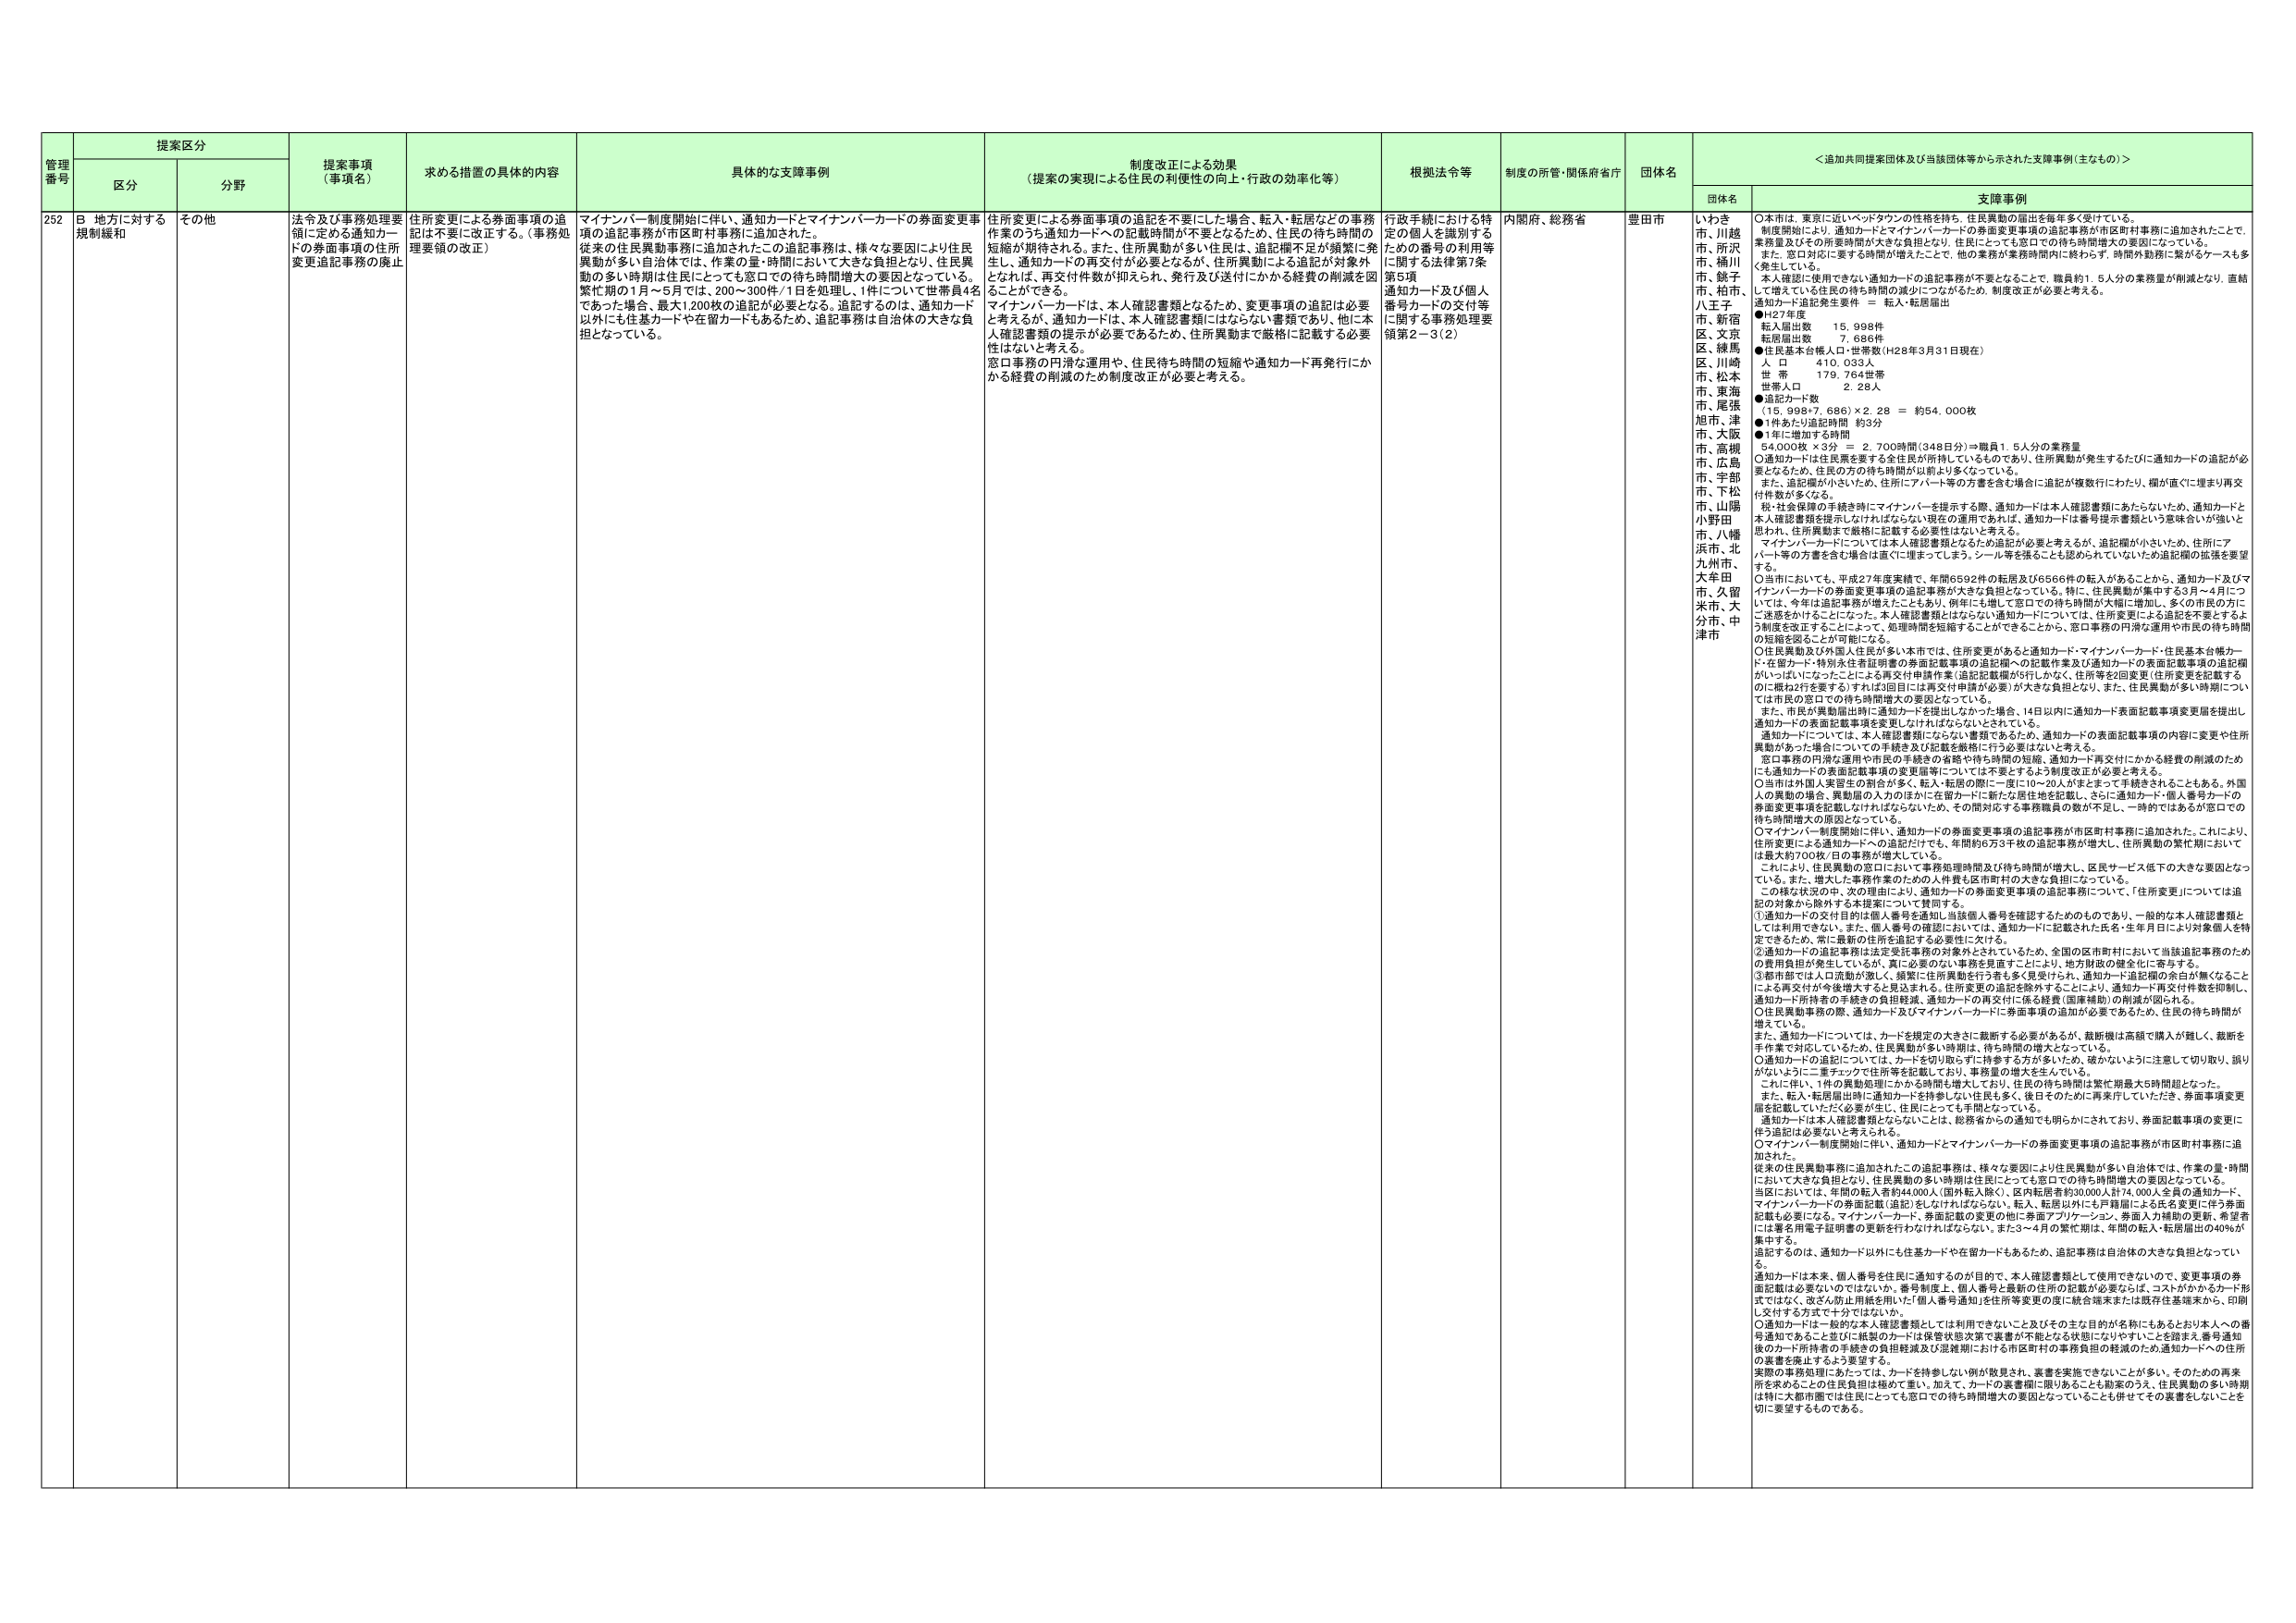
管理番号 提案区分 提案事項（事項名） 求める措置の具体的内容 具体的な支援事例 制度改正による効果（提案の実現による住民の利便性の向上・行政の効率化等） 根拠法令等 制度の所管・関係府省庁 団体名 ＜追加共同提案団体及び当該団体等から示された支援事例（主なもの）＞
区分 分野 団体名 支援事例
252 B 地方に対する規制緩和 その他 法令及び事務処理要領に定める通知カードの券面事項の住所変更追記事務の廃止 住所変更による券面事項の追記は不要に改正する。（事務処理要領の改正） マイナンバー制度開始に伴い、通知カードとマイナンバーカードの券面変更事項の追記事務が市区町村事務に追加された。従来の住民異動事務に追加されたこの追記事務は、様々な要因により住民異動が多い自治体では、作業の量・時間において大きな負担となり、住民異動の多い時期は住民にとってはも窓口での待ち時間増大の要因となっている。繁忙期の1月～5月では、200～300件/1日を処理し、1件について世帯員4名であった場合、最大1,200枚の追記が必要となる。追記するのは、通知カード以外にも住基カードや在留カードもあるため、追記事務は自治体の大きな負担となっている。 住所変更による券面事項の追記を不要にした場合、転入・転居などの事務作業のうち通知カードへの記載時間が不要となるため、住民の待ち時間の短縮が期待される。また、住所異動が多い住民は、追記欄不足が頻繁に発生し、通知カードの再交付が必要となるが、住所異動による追記が対象外となれば、再交付件数が抑えられ、発行及び送付にかかる経費の削減を図ることができる。 マイナンバーカードは、本人確認書類となるため、変更事項の追記は必要と考えるが、通知カードは、本人確認書類にはならない書類であり、他に本人確認書類の提示が必要であるため、住所異動まで厳格に記載する必要性はないと考える。 窓口事務の円滑な運用や、住民待ち時間の短縮や通知カード再発行にかかる経費の削減のため制度改正が必要と考える。 行政手続における特定の個人を識別するための番号の利用等に関する法律第7条第5項 通知カード及び個人番号カードの交付等に関する事務処理要領第2－3（2） 内閣府、総務省 豊田市 いわき市、川越市、所沢市、袖川市、銚子市、柏市、八王子市、新宿区、文京区、練馬区、川崎市、松本市、東海市、尾張旭市、大阪市、高槻市、広島市、宇部市、下松市、山陽小野田市、八幡浜市、北九州市、大牟田市、久留米市、大分市、中津市 ○本市は、東京に近いベッドタウンの性格を持ち、住民異動の届出は毎年多く受けている。制度開始により、通知カードとマイナンバーカードの券面変更事項の追記事務が市区町村事務に追加されたことで、業務量及びその所要時間が大きな負担となり、住民にとっても窓口での待ち時間増大の要因になっている。また、窓口対応に要する時間が増大することで、他の業務が業務時間内に終わらず、時間外勤務に繋がるケースも多発している。 本人確認に使用できない通知カードの追記事務が不要となることで、職員約1.5人分の業務量が削減となり、直結通知カード追記発生要件 ＝ 転入・転居届出 ●H27年度 転入届出数 15,998件 転居届出数 7,686件 ●住民基本台帳人口・世帯数（H28年3月31日現在） 人 口 410,033人 世 帯 179,764世帯 世帯人口 2.28人 ●追記カード数 （15,998+7,686）×2.28 ＝ 約54,000枚 ●1件あたり追記時間 約3分 ●1年に増加する時間 54,000枚 ×3分 ＝ 2,700時間（348日分）⇒職員1.5人分の業務量 ○通知カードは住民票を要する全住民が所持しているものであり、住所異動が発生するたびに通知カードの追記が必要となるため、住民の待ち時間が以前より多くなっている。 また、追記欄が小さいため、住所にアパート等の方言を含む場合には追記が複数行にわたり、横が直ぐに埋まり再交付件数が多くなる。 税・社会保障の手続き時にマイナンバーを提示する際、通知カードは本人確認書類にあたらないため、通知カードと本人確認書類を提示しなければならない現在の運用であれば、通知カードは番号提示書類という意味合いが強いと思われ、住所異動まで厳格に記載する必要性はないと考える。 マイナンバーカードについては本人確認書類となるため追記が必要と考えるが、追記欄が小さいため、住所にアパート等の方言を含む場合は直ぐに埋まってしまう。シール等を張ることも認められていないため追記欄の拡張を要望する。 ○当市においても、平成27年度実績で、年間6592件の転居及び6566件の転入があることから、通知カード及びマイナンバーカードの券面変更事項の追記事務が大きな負担となっている。特に、住民異動が集中する3月～4月については、今年は追記事務に例年を上回る件数が発生しており、例年にも増して窓口での待ち時間が大幅に増加し、多くの市民の方にご迷惑をかけうことになった。本人確認書類とはならない通知カードについては、住所変更による追記を不要とするよう制度を改正することによって、処理時間を短縮することができることから、窓口事務の円滑な運用や市民の待ち時間の短縮を図ることが可能になる。 ○住民異動及び外国人住民が多い本市では、住所変更があると通知カード・マイナンバーカード・住民基本台帳カード・在留カード・特別住居者届書の券面記載事項の追記欄への記載作業及び通知カードの表面記載事項の追記欄がいっぱいになったことによる再交付申請作業（追記記載欄が5行しかなく、住所等を2回変更（住所変更を記載するのに概ね2行を要する）すれば3回目には再交付申請が必要）が大きな負担となり、また、住民異動が多い時期については市民の窓口での待ち時間増大の要因となっている。 また、市民が異動届出時に通知カードを提出しなかった場合、14日以内に通知カード表面記載事項変更届を提出し通知カードの表面記載事項変更をしなければならないとされている。 通知カードについては、本人確認書類にならない書類であるため、通知カードの表面記載事項の内容に変更や住所異動があった場合についての手続き及び記載を厳格に行う必要はないと考える。 窓口事務の円滑な運用や市民の手続きの省略や待ち時間の短縮、通知カード再交付にかかる経費の削減のためにも通知カードの表面記載事項の変更届等については不要とするよう制度改正が必要と考える。 ○当市は外国人異居生の割合が多く、転入・転居の際に一度に10～20人がまとまって手続きされることもある。外国人の異動の場合、異動届の入力のほかに在留カードに新たな居住地を記載し、さらに通知カード個人番号カードの券面変更事項を記載しなければならないため、その間対応する事務職員の数が不足し、一時的ではあるが窓口での待ち時間増大の原因となっている。 ○マイナンバー制度開始に伴い、通知カードの券面変更事項の追記事務が市区町村事務に追加された。これにより、住所変更による通知カードへの追記だけでも、年間約6万3千枚の追記事務が増大し、住所異動の繁忙期においては最大約700枚/日の事務が増大している。 これにより、住民異動の窓口において事務処理時間及び待ち時間が増大し、区民サービス低下の大きな要因となっている。また、増大した事務作業のための人件費も区市町村の大きな負担になっている。 この様な状況の中、次の理由により、通知カードの券面変更事項の追記事務について、「住所変更については追記の対象から除外する本提案について賛同する。 ①通知カードの交付目的は個人番号を通知し当該個人番号を確認するためのものであり、一般的な本人確認書類としては利用できない。また、個人番号の確認においては、通知カードに記載された氏名・生年月日により対象個人を特定できるため、常に最新の住所を追記する必要性に欠ける。 ②通知カードの追記事務は法定受託事務の対象外とされているため、全国の区市町村において当該追記事務のための費用負担が発生しているが、真に必要のない事務を見直すことにより、地方財政の健全化に寄与する。 ③都市部では人口流動が激しく、頻繁に住所異動を行う者も多く見受けられ、通知カード追記欄の余白が無くなることによる再交付が今後増大すると見込まれる。住所変更の追記除外することにより、通知カード再交付件数を抑制し、通知カード所持者の手続きの負担軽減、通知カードの再交付に係る経費（国庫補助）の削減が図られる。 ○住民異動事務の際、通知カード及びマイナンバーカードに券面事項の追加が必要であるため、住民の待ち時間が増えている。 また、通知カードについては、カードを規定の大きさに裁断する必要があるが、裁断機は高額で購入が難しく、裁断を手作業で対応しているため、住民異動が多い時期は、待ち時間の増大となっている。 ○通知カードの追記については、カードを切り取らずに持参する方が多いため、確かないように注意して切り取り、誤りがないように二重チェックで住所等を記載しており、事務量の増大を生んでいる。 これに伴い、1件の異動処理にかかる時間も増大しており、住民の待ち時間は繁忙期最大6時間超となった。 また、転入・転居届出時に通知カードを持参しない住民も多く、後日そのために再来庁していただき、券面事項変更届を記載していただく必要が生じ、住民にとっても手間となっている。 通知カードは本人確認書類とならないことは、総務省からの通知でも明らかにされており、券面記載事項の変更に伴う追記は必要ないと考えられる。 ○マイナンバー制度開始に伴い、通知カードとマイナンバーカードの券面変更事項の追記事務が市区町村事務に追加された。 従来の住民異動事務に追加されたこの追記事務は、様々な要因により住民異動が多い自治体では、作業の量・時間において大きな負担となり、住民異動の多い時期は住民にとっても窓口での待ち時間増大の要因となっている。 当区においては、年間の転入者約44,000人（国外転入除く）、区内転居者約30,000人計74,000人全員の通知カード、マイナンバーカードの券面記載（追記）をしなければならない。転入、転居以外にも戸籍届による氏名変更に伴う券面記載も必要になる。マイナンバーカード、券面記載の変更の他に券面アプリケーション、券面入力補助の更新、希望者には署名用電子証明書の更新を行わなければならない。また3～4月の繁忙期は、年間の転入・転居届出の40％が集中する。 追記するのは、通知カード以外にも住基カードや在留カードもあるため、追記事務は自治体の大きな負担となっている。 通知カードは本来、個人番号を住民に通知するのが目的で、本人確認書類として使用できないので、変更事項の券面記載は必要ないのではないか。番号制度上、個人番号と最新の住所の記載が必要ならば、コストがかかるカード形式ではなく、改ざん防止用紙を用いて「個人番号通知」を住所等変更の度に統合端末または既存住基端末から、印刷し交付する方式で十分ではないか。 ○通知カードは一般的な本人確認書類としては利用できないこと及びその主な目的が名称にもあるとおり本人への番号通知であると並びに紙製のカードは保管状態次第で裏書が不能となる状態になりやすいことを踏まえ、番号通知後のカード所持者の手続きの負担軽減及び混雑期における市区町村の事務負担の軽減のため、通知カードへの住所の変更を廃止するよう要望する。 実際の事務処理においては、カードを持参しない利用が散見され、裏書を実施できないことが多く、そのための再実施所を求めることが住民負担は極めて重い。加えて、カードの裏書欄に関わることと勘案のうえ、住民異動の多い時期は特に大都市圏では住民にとっても窓口での待ち時間増大の要因となっていることも併せてその実害をしないことを切に要望するものである。